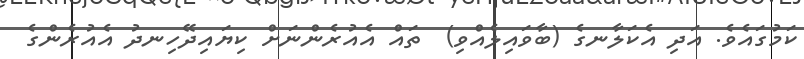
ކަމުގައެވެ. އަދި އެކަލާނގެ (ބާވައިލެއްވި)  ތައް އެއުރެންނަށް ކިޔައިދޭހިނދު އެއުރެންގެ